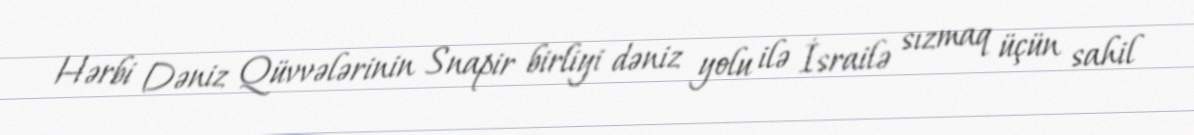
Hərbi Dəniz Qüvvələrinin Snapir birliyi dəniz yolu ilə İsrailə sızmaq üçün sahil